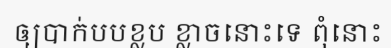
ឲ្យបាក់បបខ្លប ខ្លាចនោះទេ ពុំនោះ